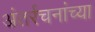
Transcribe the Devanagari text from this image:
अंतर्रचनांच्या